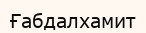
Ғабдалхамит